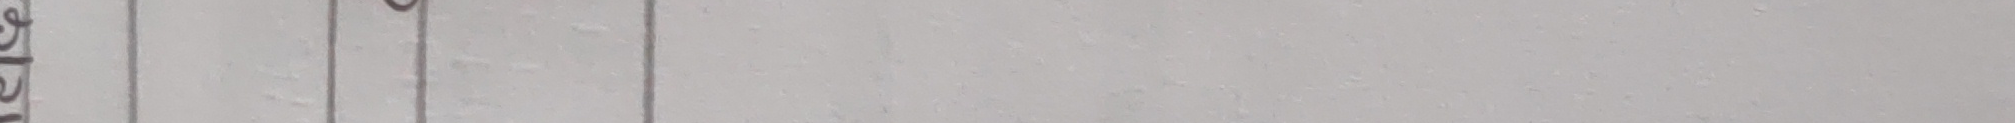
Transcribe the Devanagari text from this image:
९
५
२
१